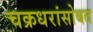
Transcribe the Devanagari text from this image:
चक्रधरांसोबत